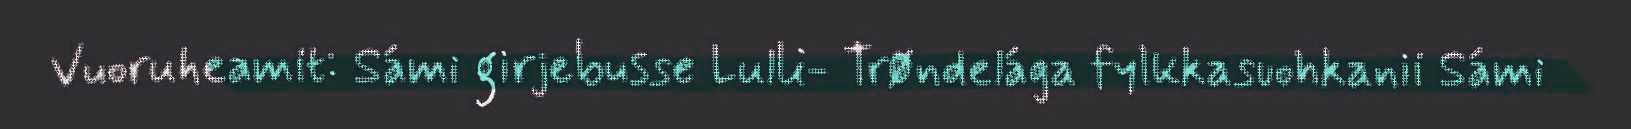
Vuoruheamit: Sámi girjebusse Lulli- Trøndelága fylkkasuohkanii Sámi